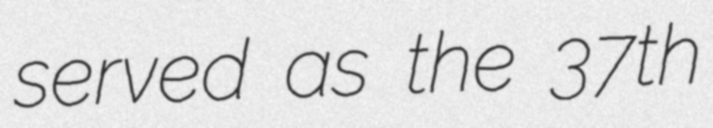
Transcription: served as the 37th